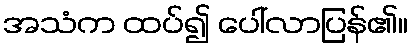
အသံက ထပ်၍ ပေါ်လာပြန်၏။